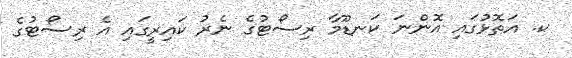
ކ. އަތޮޅުގައި އޮންނަ ކަނޑޫމާ ރިސޯޓުގެ ނެރު ކައިރީގައި އެ ރިސޯޓުގެ